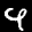
Label: 9